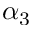
\alpha _ { 3 }